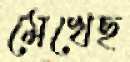
মেখেছ